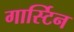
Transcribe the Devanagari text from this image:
गार्स्टिन